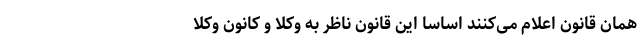
همان قانون اعلام می‌کنند اساسا این قانون ناظر به وکلا و کانون وکلا